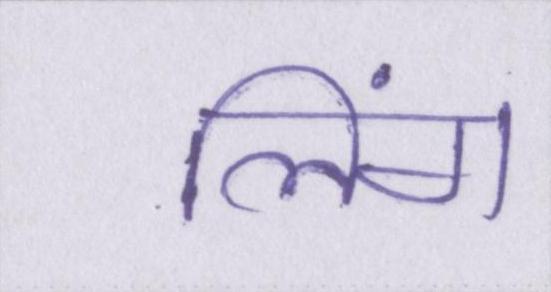
लिंग